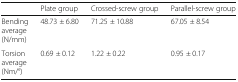
<table><thead><tr><td></td><td><b>Plate group</b></td><td><b>Crossed-screw group</b></td><td><b>Parallel-screw group</b></td></tr></thead><tbody><tr><td>Bending average (N/mm)</td><td>48.73 ± 6.80</td><td>71.25 ± 10.88</td><td>67.05 ± 8.54</td></tr><tr><td>Torsion average (Nm/°)</td><td>0.69 ± 0.12</td><td>1.22 ± 0.22</td><td>0.95 ± 0.17</td></tr></tbody></table>